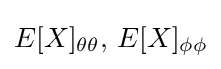
E[X]_{\theta \theta },\,E[X]_{\phi \phi }